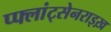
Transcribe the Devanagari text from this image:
प्फ्लांट्सेनराइख़